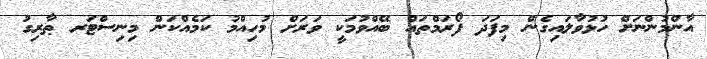
އާންމުންނަށް ހުޅުވާލައިގެން މިފަދަ ފޯރަމްތައް ބޭއްވުމަކީ ވަރަށް މުހިއްމު ކަމެއްކަން މިނިސްޓަރ ޠާރިގު